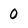
Character: O